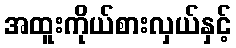
အထူးကိုယ်စားလှယ်နှင့်